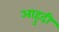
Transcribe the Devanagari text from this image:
आहुदी